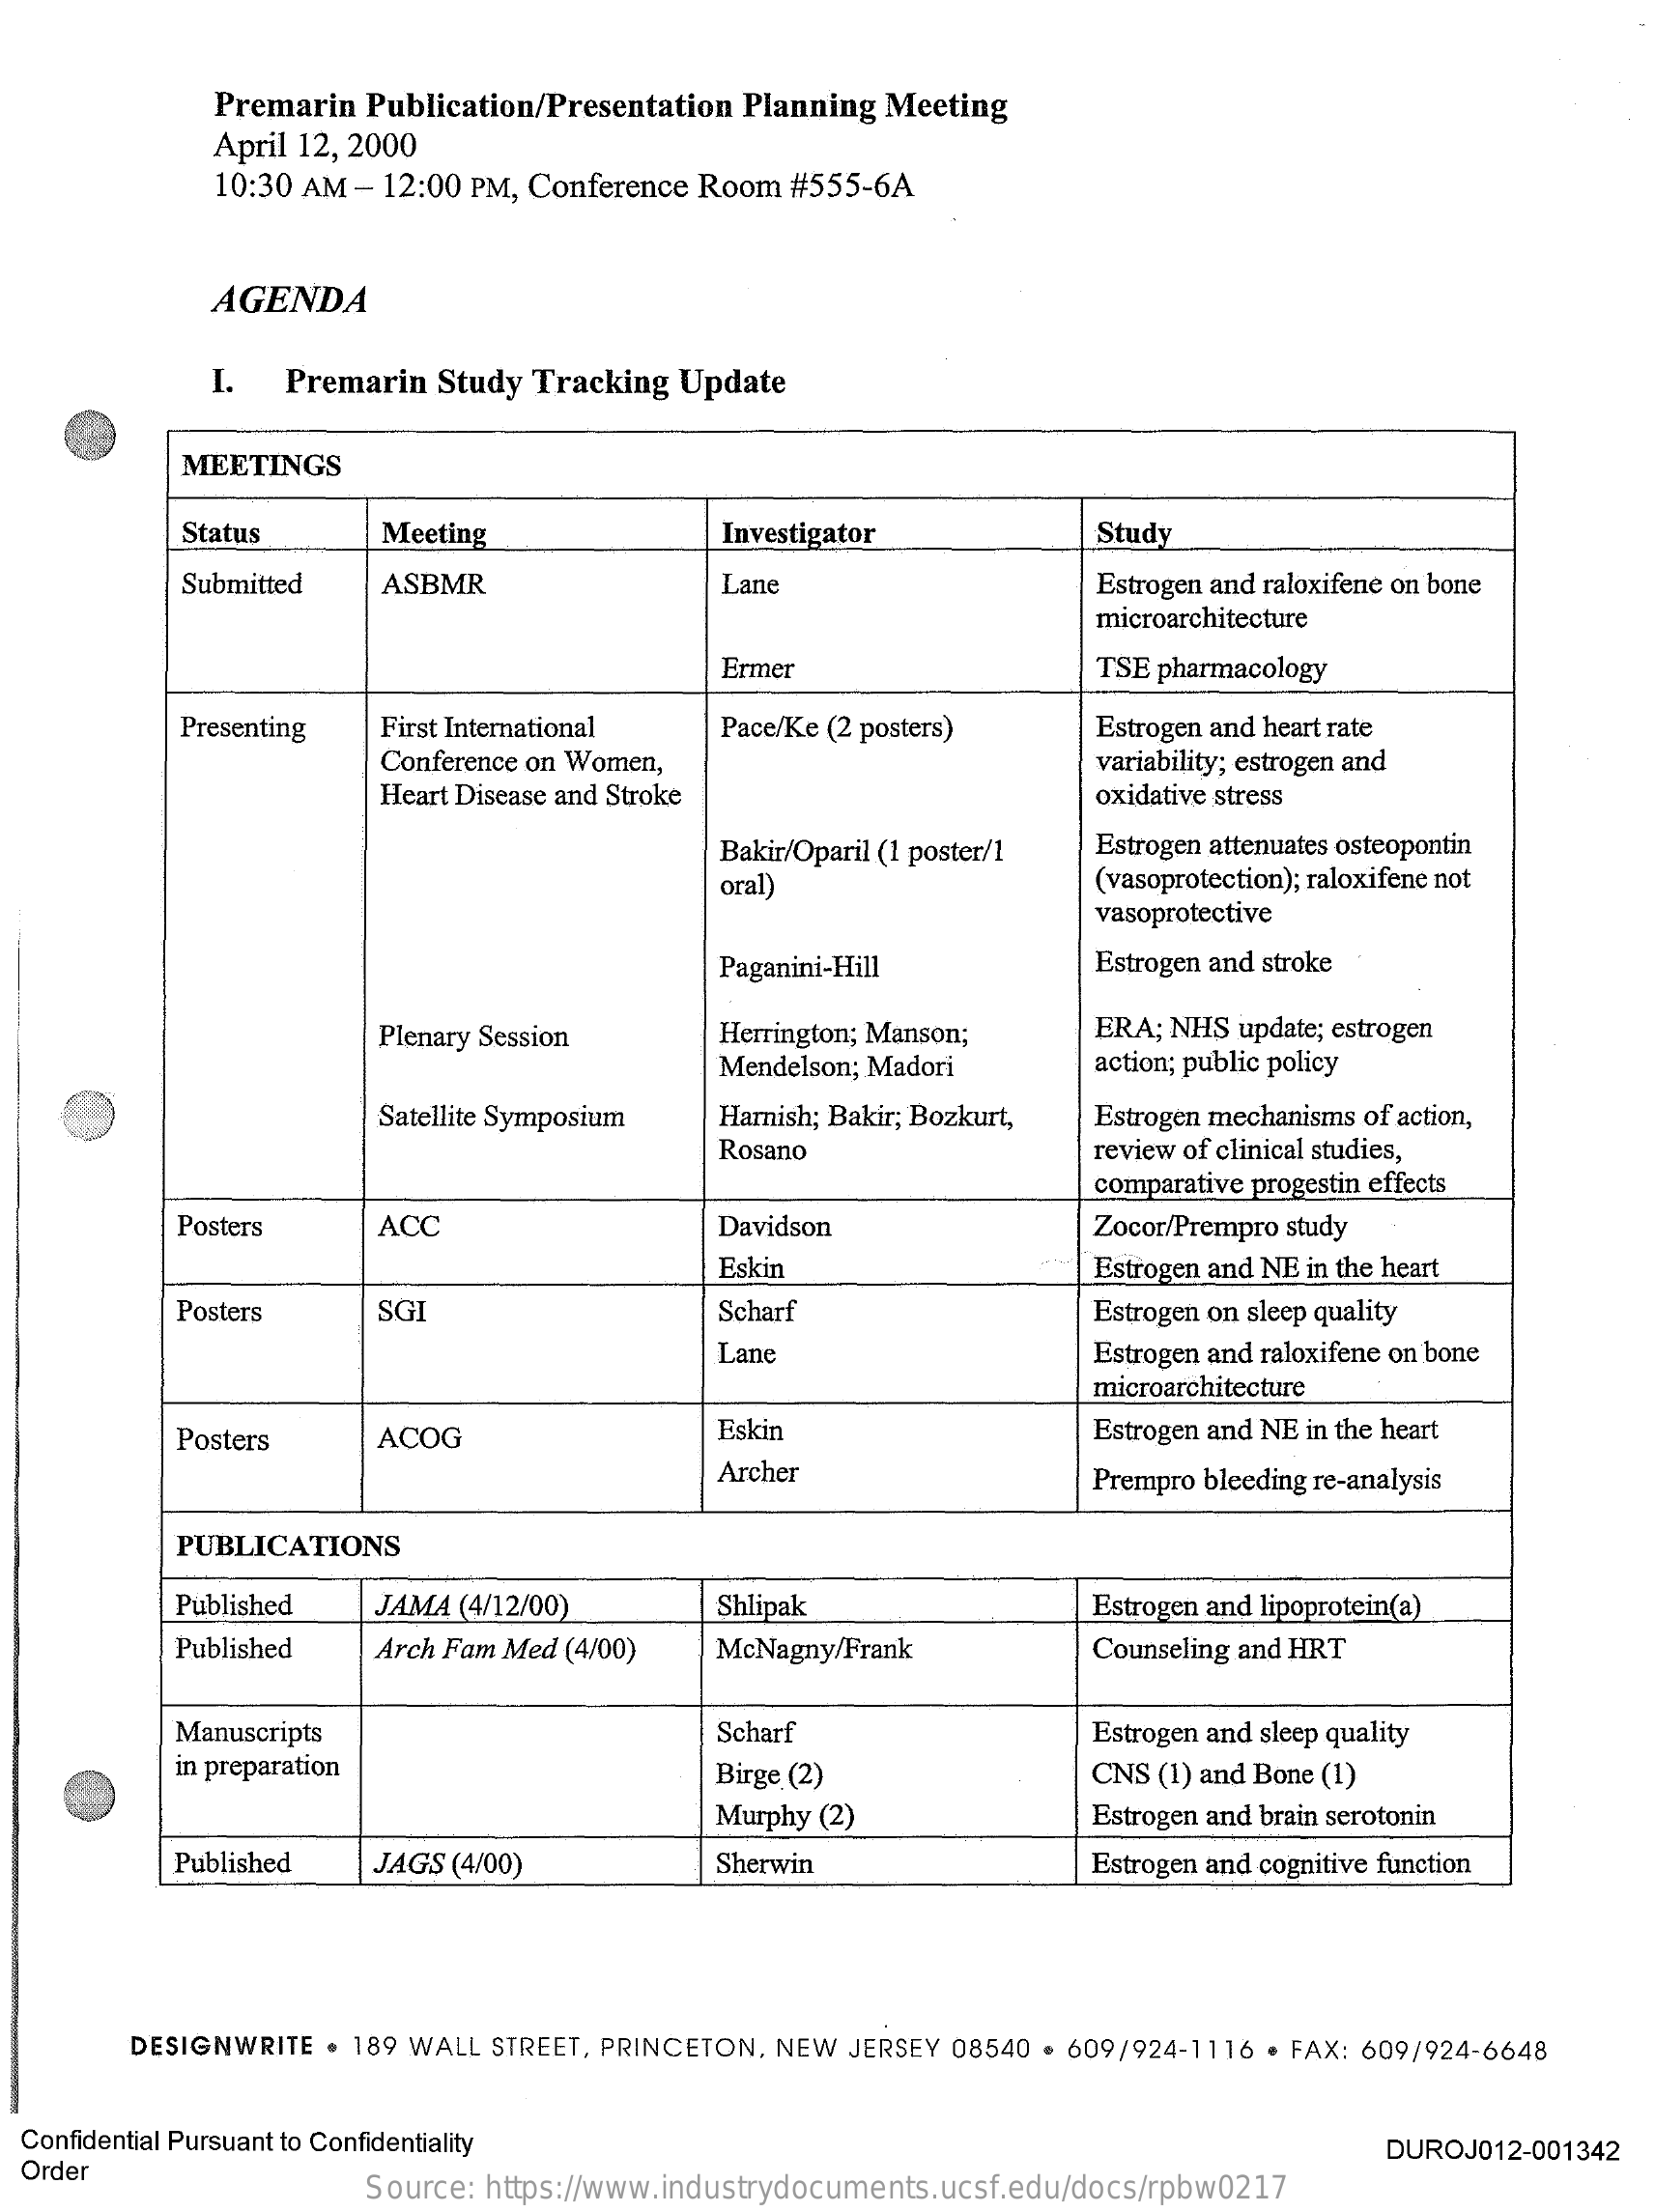
Premarin Publication/Presentation Planning Meeting
     April 12, 2000
     10:30 AM - 12:00 PM, Conference Room #555-6A
     AGENDA
     I.  Premarin Study Tracking Update
     MEETINGS
     Status    Meeting    Investigator    Study
     Submitted   ASBMR    Lane    Estrogen and raloxifene on bone
     microarchitecture
     Ermer    TSE pharmacology
     Presenting  First International Pace/Ke (2 posters) Estrogen and heart rate
     Conference on Women,    variability; estrogen and
     Heart Disease and Stroke    oxidative stress
     Bakir/Oparil (1 poster/1 Estrogen attenuates osteopontin
     oral)    (vasoprotection); raloxifene not
     vasoprotective
     Paganini-Hill    Estrogen and stroke
     Plenary Session    Herrington; Manson;  ERA; NHS update; estrogen
     Mendelson; Madori    action; public policy
     Satellite Symposium Harnish; Bakir; Bozkurt, Estrogen mechanisms of action,
     Rosano    review of clinical studies,
     comparative progestin effects
     Posters    ACC    Davidson    Zocor/Prempro study
     Eskin    Estrogen and NE in the heart
     Posters    SGI    Scharf    Estrogen on sleep quality
     Lane    Estrogen and raloxifene on bone
     microarchitecture
     Posters    ACOG    Eskin    Estrogen and NE in the heart
     Archer    Prempro bleeding re-analysis
     PUBLICATIONS
     Published  JAMA (4/12/00)    Shlipak    Estrogen and lipoprotein(a)
     Published  Arch Fam Med (4/00) McNagny/Frank    Counseling and HRT
     Manuscripts    Scharf    Estrogen and sleep quality
     in preparation    Birge (2)    CNS (1) and Bone (1)
     Murphy (2)    Estrogen and brain serotonin
     Published  JAGS (4/00)    Sherwin    Estrogen and cognitive function
     DESIGNWRITE . 189 WALL STREET, PRINCETON, NEW JERSEY 08540 . 609/924-1116 · FAX: 609/924-6648
  Confidential Pursuant to Confidentiality
  Order
     DUROJ012-001342
     Source: https://www.industrydocuments.ucsf.edu/docs/rpbw0217